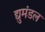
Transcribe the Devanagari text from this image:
द्युमंडल